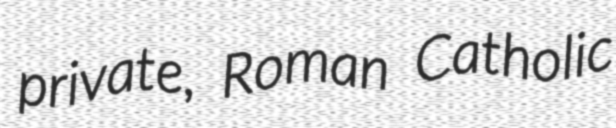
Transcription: private, Roman Catholic